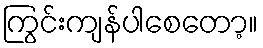
ကြွင်းကျန်ပါစေတော့။